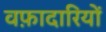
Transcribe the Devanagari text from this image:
वफ़ादारियों